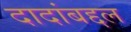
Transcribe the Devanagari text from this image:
दादांबद्दल